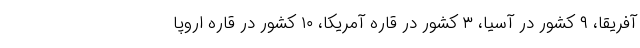
آفریقا، ۹ کشور در آسیا، ۳ کشور در قاره آمریکا، ۱۰ کشور در قاره اروپا